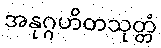
အနုဂ္ဂဟိတသုတ္တံ